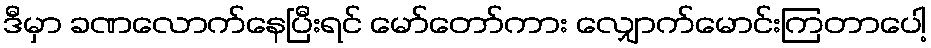
ဒီမှာ ခဏလောက်နေပြီးရင် မော်တော်ကား လျှောက်မောင်းကြတာပေါ့